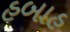
હબાહ